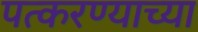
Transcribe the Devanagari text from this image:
पत्करण्याच्या